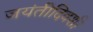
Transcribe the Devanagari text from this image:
जयंतीदिवशी